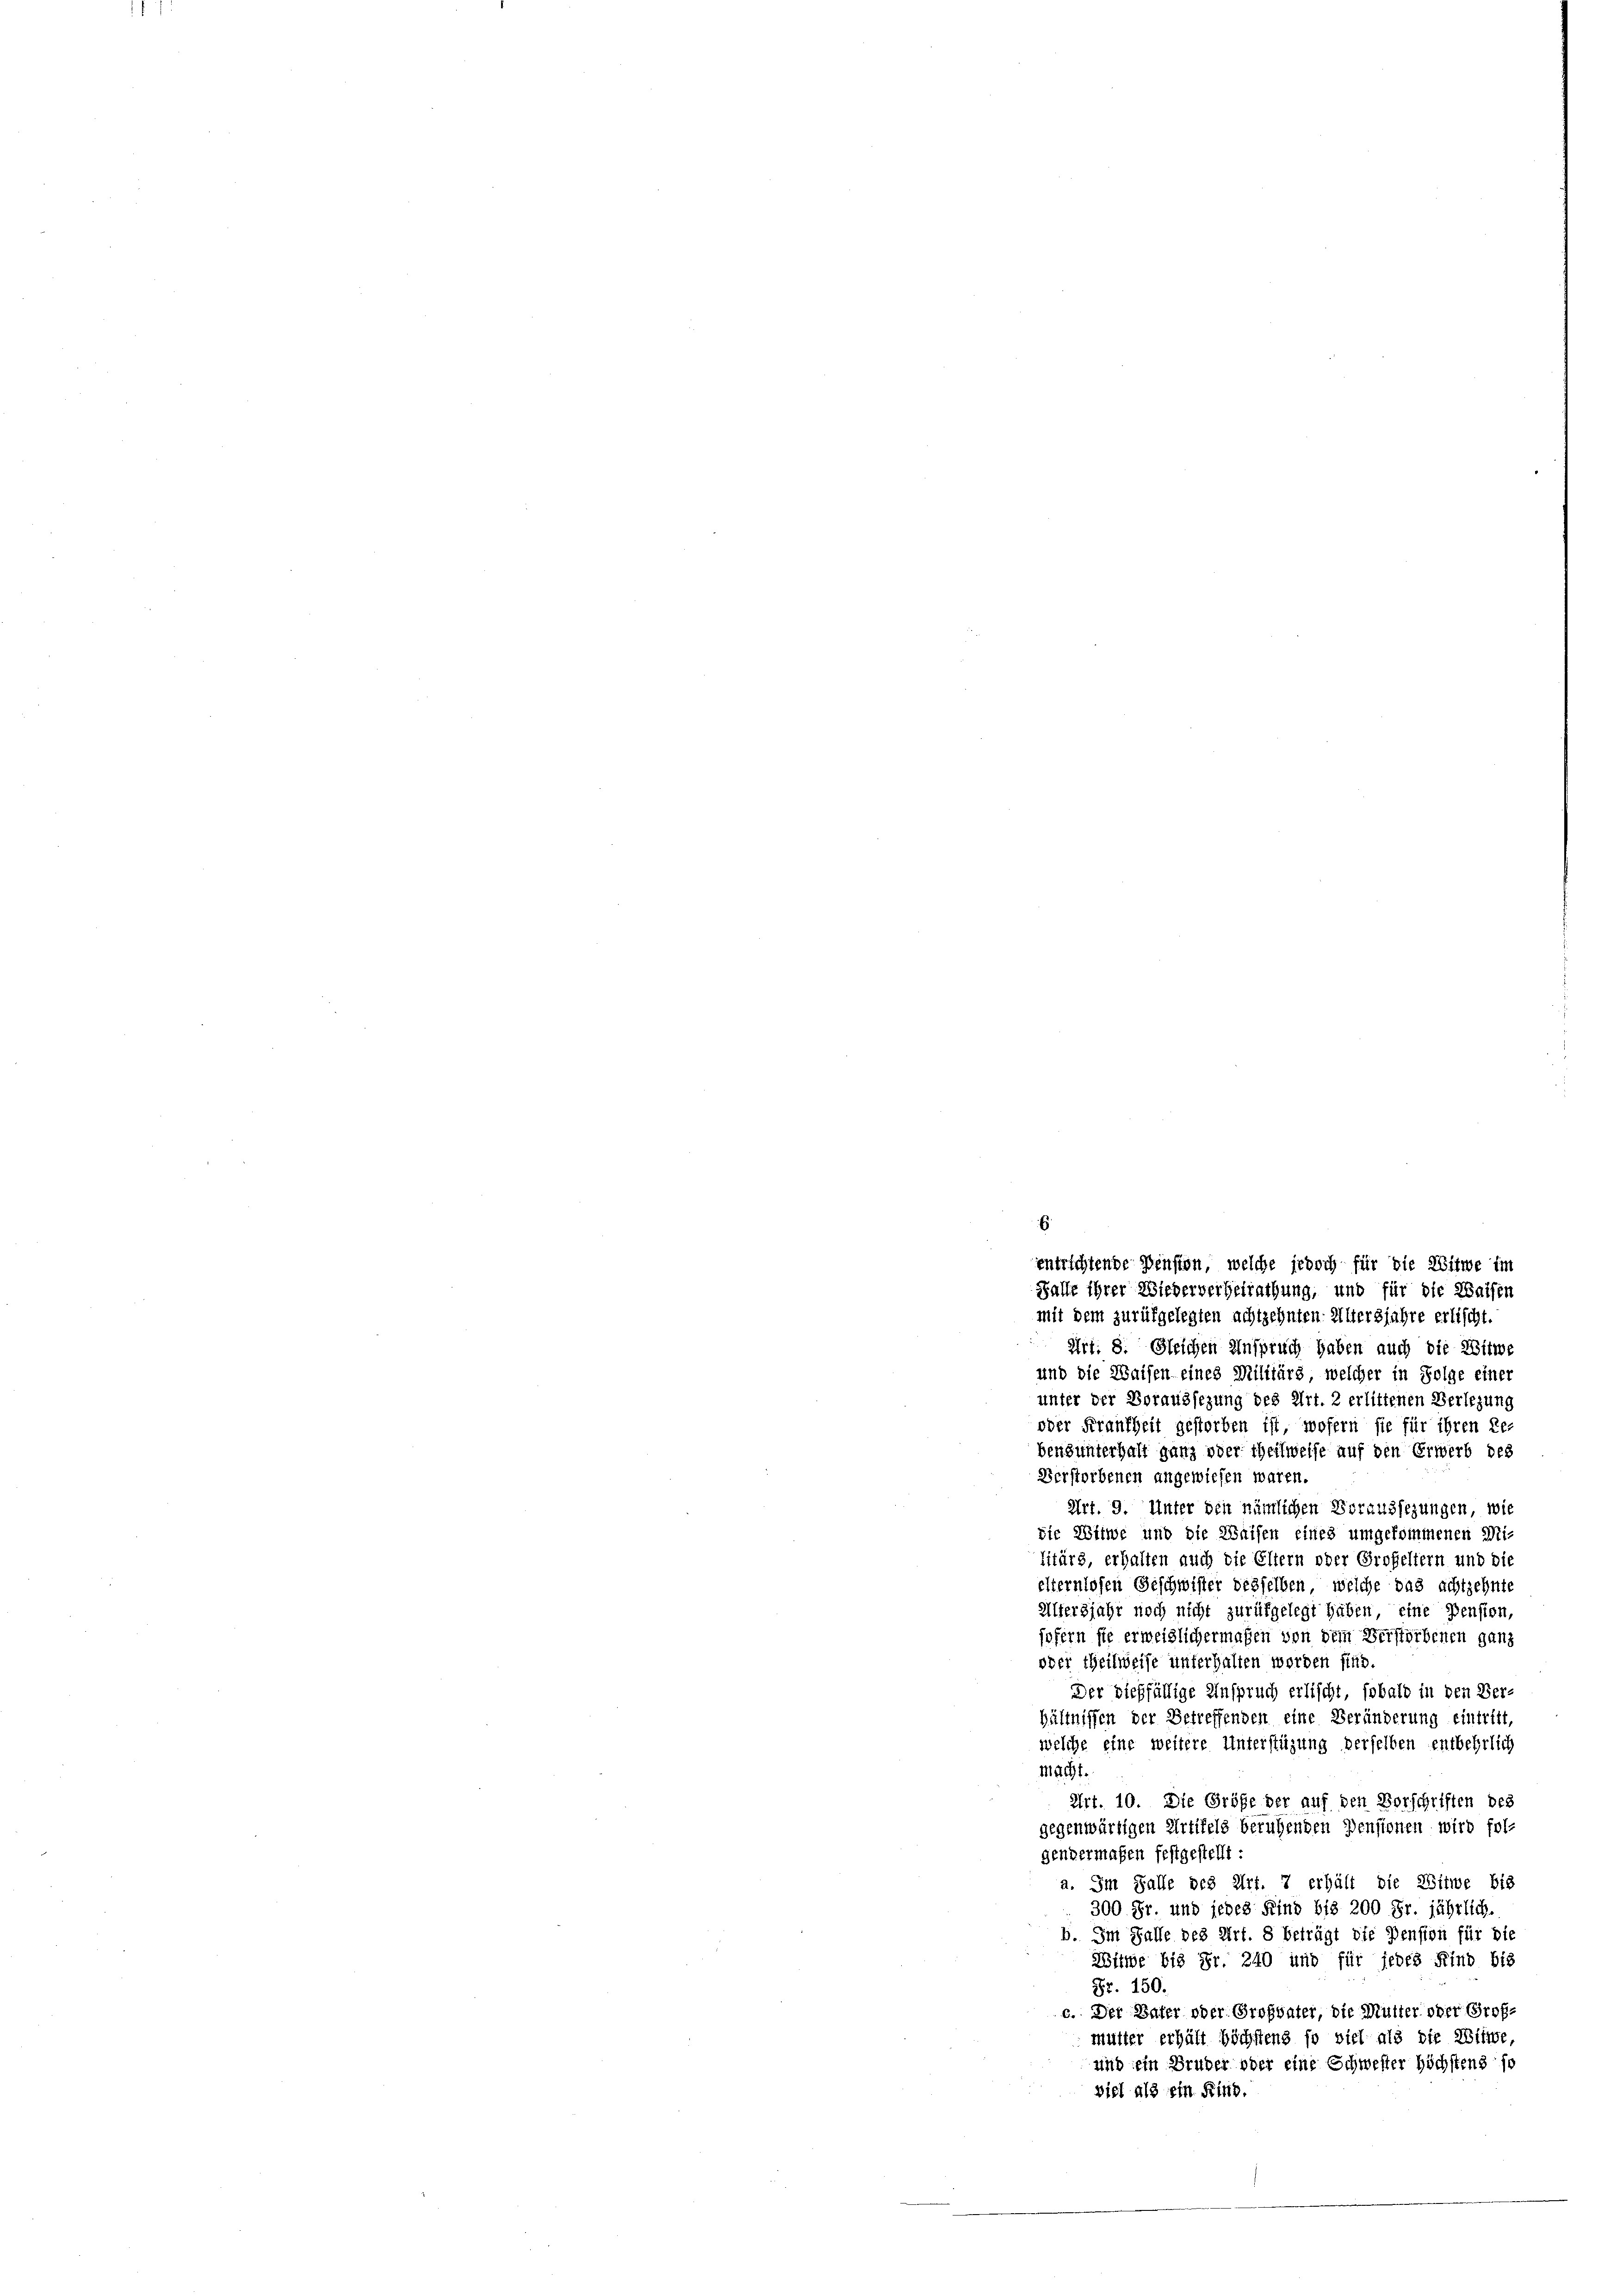
.
entrichtende Densten, welche jedoch für die Witwe im
Falle ihrer Wiederverheirathung, und für die Waisen

mit dem zurükgelegten achtzehnten Altersjahre erlischt.
Art. 8. Gleichen Anspruch haben auch die Witwe
und die Waisen eines Militärs, welcher in Folge einer
unter der Voraussezung des Art. 2 erlittenen Verlegung
oder Frankheit gestorben ist, wofern sie für ihren Re-
bensunterhalt ganz oder theilweise auf den Erwerb des
Verstorbenen angewiesen waren.
Art. 9. Unter den nämlichen Voraussezungen, wie
die Witwe und die Waisen eines umgekommenen Mi-
litärs, erhalten auch die Eltern oder Großeltern und die
elternlosen Geschwister desselben, welche das achtzehnte
Altersjahr noch nicht zurükgelegt haben, eine Pension,
sofern sie erweislichermaßen von dem Verstorbenen ganz
oder Theilweise unterhalten worden sind.
Der dießfällige Anspruch erlischt, sobald in den Ver-
hältnissen der Betreffenden eine Veränderung eintritt,
welche eine weitere Unterstüzung derselben entbehrlich
Macht.
Art. 10. Die Größe der auf den Vorschriften des
gegenwärtigen Artikels beruhenden Pensionen wird fol-
gendermaßen festgestellt:
a. Im Falle des Art. 7 erhält die Witwe bis
300 Fr. und jedes Kind bis 200 Fr. jährlich.
b. Im Falle des Art. 8 beträgt die Pension für die
Witwe bis Fr. 240 und für jedes Kind bis
Fr. 150.
c. Der Vater oder Großvater, die Mutter oder Großmutter erhält höchstens so viel als die Witwe,
und ein Bruder oder eine Schwester höchstens so
viel als ein Kind.